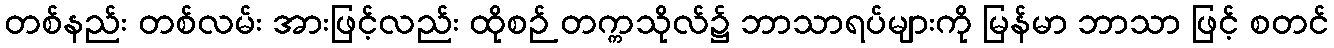
တစ်နည်း တစ်လမ်း အားဖြင့်လည်း ထိုစဉ် တက္ကသိုလ်၌ ဘာသာရပ်များကို မြန်မာ ဘာသာ ဖြင့် စတင်